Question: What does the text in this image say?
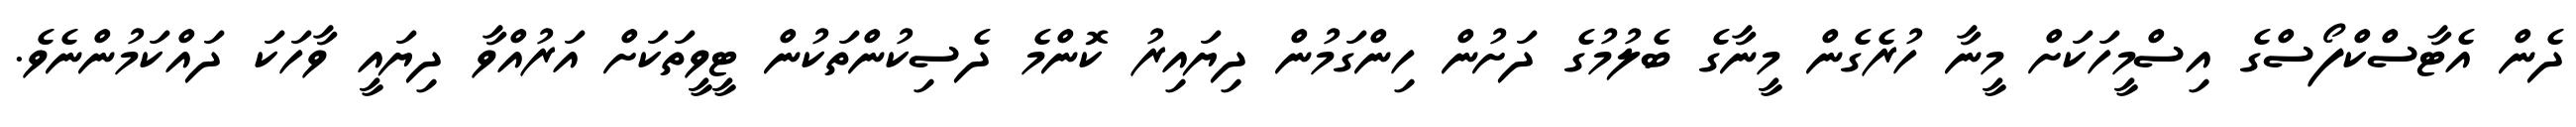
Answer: ދެން އެޓާސްކްފޯސްގެ އިސްމީހަކަށް މީނާ ހުރެގެން މީނާގެ ބެލުމުގެ ދަށުން ހިންގަމުން ދިޔައިރު ކޮންމެ ދެސިކުންތަކުން ޓީވީތަކަށް އަރުއްވާ ދިޔައީ ވާހަކަ ދައްކަމުންނެވެ.